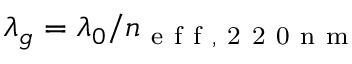
\lambda _ { g } = \lambda _ { 0 } / n _ { \mathrm { ~ e ~ f ~ f ~ , ~ 2 ~ 2 ~ 0 ~ n ~ m ~ } }